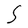
Character: S